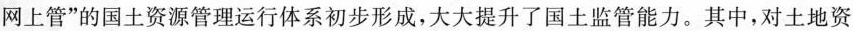
网上管”的国土资源管理运行体系初步形成，大大提升了国土监管能力。其中，对土地资